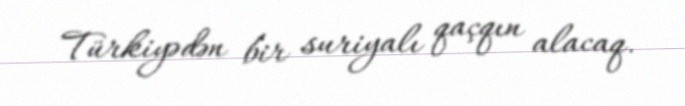
Türkiyədən bir suriyalı qaçqın alacaq.